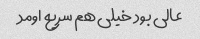
عالی بود خیلی هم سریع اومد